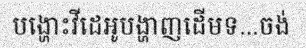
បង្ហោះវីដេអូបង្ហាញដើមទ...ចង់